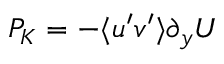
P _ { K } = - \langle u ^ { \prime } v ^ { \prime } \rangle \partial _ { y } U